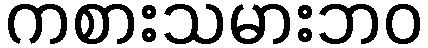
ကစားသမားဘဝ